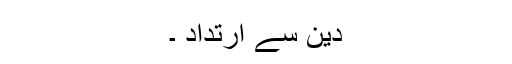
دین سے ارتداد ۔